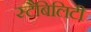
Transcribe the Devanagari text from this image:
स्टैबिलिटी